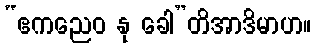
“ဧကညေဝ နု ခေါ”တိအာဒိမာဟ။